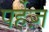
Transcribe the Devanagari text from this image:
पर्हेज़